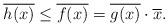
LaTeX: \begin{align*}\overline{h(x)} \leq \overline{f(x)}=\overline{g(x)}\cdot \overline{x}. \end{align*}